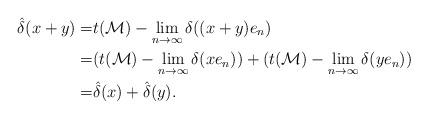
LaTeX: \begin{align*}\hat{\delta}(x+y)=&t(\mathcal M)-{\lim_{n \to \infty}\delta((x+y)e_n)}\\=&(t(\mathcal M)-{\lim_{n \to \infty}\delta(xe_n)})+(t(\mathcal M)-{\lim_{n \to \infty}\delta(ye_n)})\\=&\hat{\delta}(x)+\hat{\delta}(y).\end{align*}